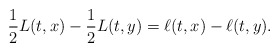
\begin{align*}\frac{1}{2}L(t,x)-\frac{1}{2}L(t,y)=\ell(t,x)-\ell(t,y). \end{align*}